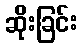
ဆိုးခြင်း